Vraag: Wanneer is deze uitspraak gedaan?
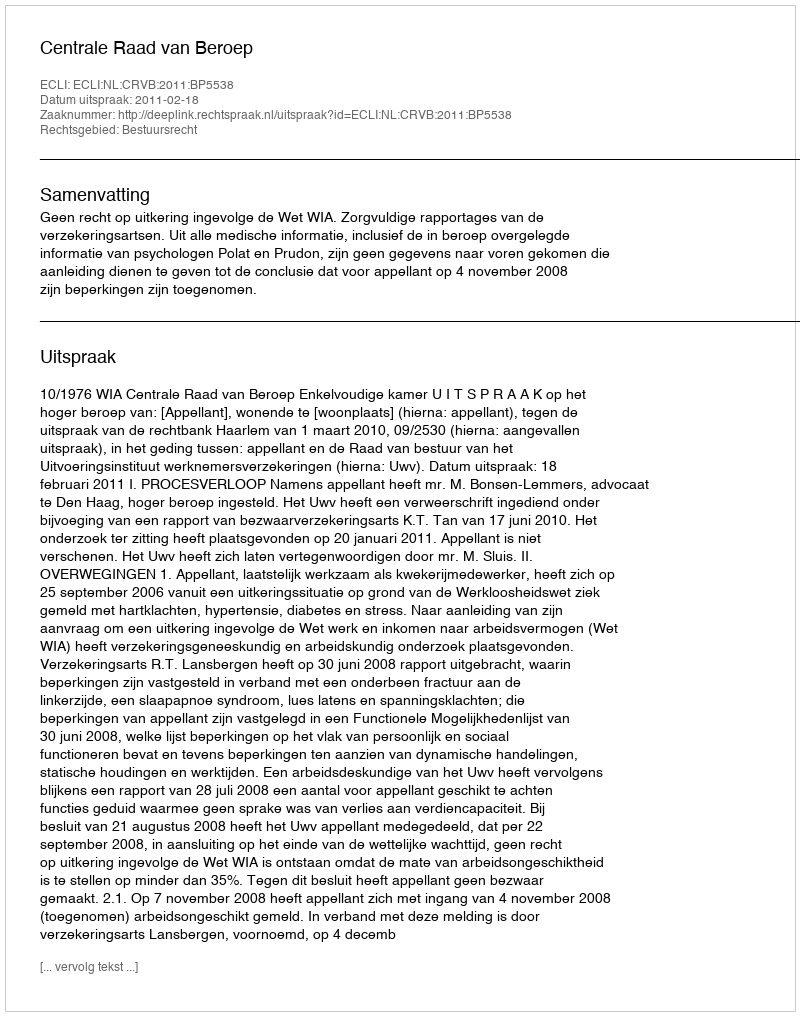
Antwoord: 2011-02-18